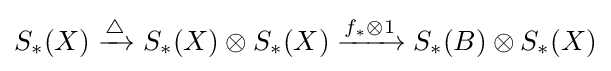
S_{\ast }(X)\xrightarrow {\triangle } S_{\ast }(X)\otimes S_{\ast }(X)\xrightarrow {f_{\ast }\otimes 1} S_{\ast }(B)\otimes S_{\ast }(X)